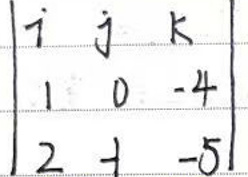
\begin{vmatrix}
i & j & k \\
1 & 0 & -4 \\
2 & 1 & -5
\end{vmatrix}